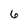
Character: 6